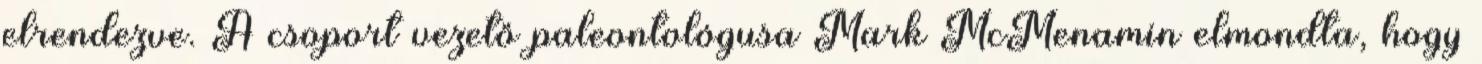
elrendezve. A csoport vezető paleontológusa Mark McMenamin elmondta, hogy